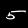
Label: 5